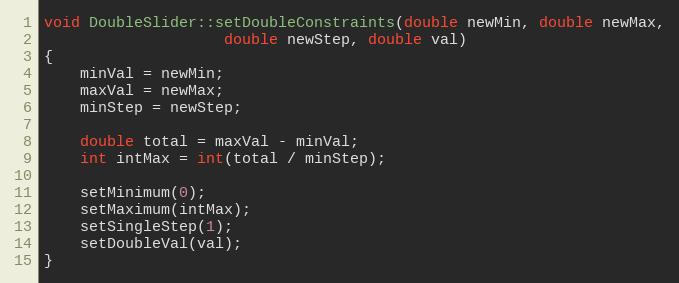
Language: C++
void DoubleSlider::setDoubleConstraints(double newMin, double newMax,
					double newStep, double val)
{
	minVal = newMin;
	maxVal = newMax;
	minStep = newStep;

	double total = maxVal - minVal;
	int intMax = int(total / minStep);

	setMinimum(0);
	setMaximum(intMax);
	setSingleStep(1);
	setDoubleVal(val);
}